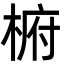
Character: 椨